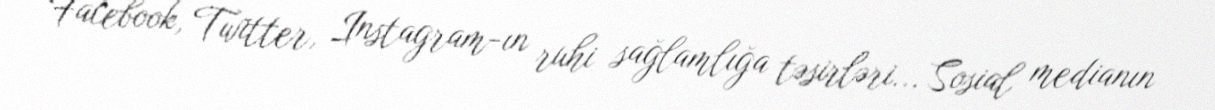
Facebook, Twitter, Instagram-ın ruhi sağlamlığa təsirləri... Sosial medianın